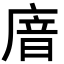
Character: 𢉩